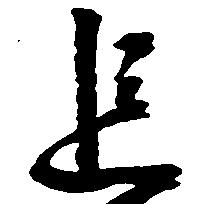
追